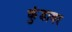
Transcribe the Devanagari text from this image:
कुंडावर